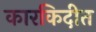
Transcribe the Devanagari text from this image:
कारकिदीत